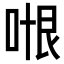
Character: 𭈍